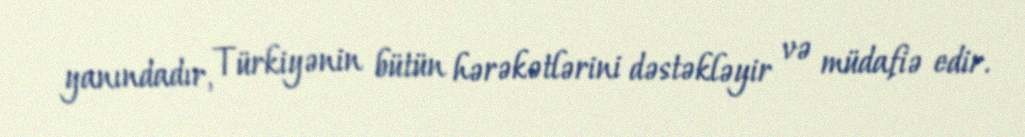
yanındadır, Türkiyənin bütün hərəkətlərini dəstəkləyir və müdafiə edir.